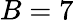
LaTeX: B=7